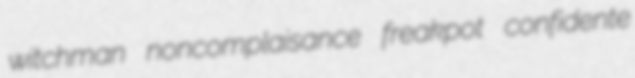
witchman noncomplaisance freakpot confidente